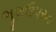
ભૂલઉપરના